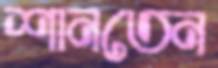
শানতেন